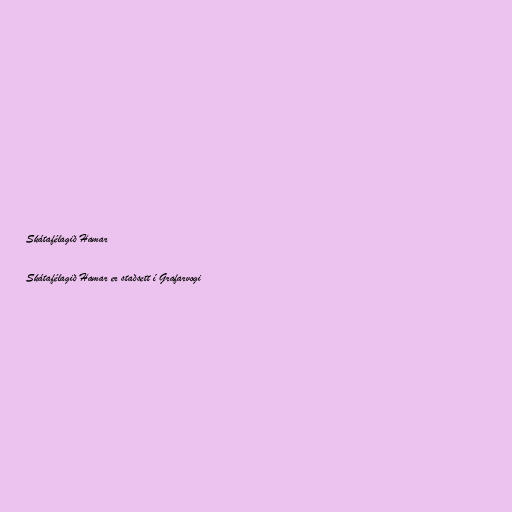
Skátafélagið Hamar

Skátafélagið Hamar er staðsett í Grafarvogi